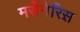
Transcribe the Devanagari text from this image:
मर्सेनेरिस़